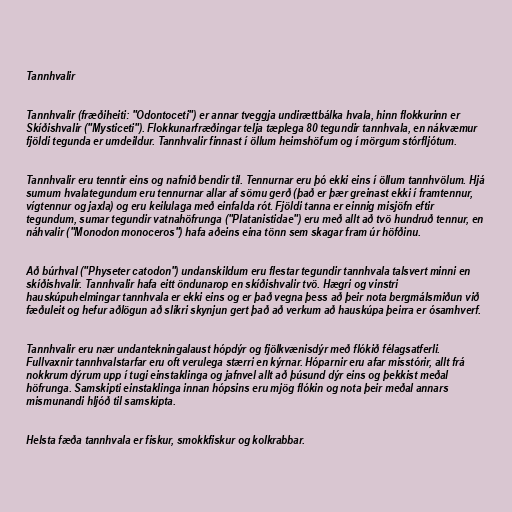
Tannhvalir

Tannhvalir (fræðiheiti: "Odontoceti") er annar tveggja undirættbálka hvala, hinn flokkurinn er
Skíðishvalir ("Mysticeti"). Flokkunarfræðingar telja tæplega 80 tegundir tannhvala, en nákvæmur
fjöldi tegunda er umdeildur. Tannhvalir finnast í öllum heimshöfum og í mörgum stórfljótum.

Tannhvalir eru tenntir eins og nafnið bendir til. Tennurnar eru þó ekki eins í öllum tannhvölum. Hjá
sumum hvalategundum eru tennurnar allar af sömu gerð (það er þær greinast ekki í framtennur,
vígtennur og jaxla) og eru keilulaga með einfalda rót. Fjöldi tanna er einnig misjöfn eftir
tegundum, sumar tegundir vatnahöfrunga ("Platanistidae") eru með allt að tvö hundruð tennur, en
náhvalir ("Monodon monoceros") hafa aðeins eina tönn sem skagar fram úr höfðinu.

Að búrhval ("Physeter catodon") undanskildum eru flestar tegundir tannhvala talsvert minni en
skíðishvalir. Tannhvalir hafa eitt öndunarop en skíðishvalir tvö. Hægri og vinstri
hauskúpuhelmingar tannhvala er ekki eins og er það vegna þess að þeir nota bergmálsmiðun við
fæðuleit og hefur aðlögun að slíkri skynjun gert það að verkum að hauskúpa þeirra er ósamhverf.

Tannhvalir eru nær undantekningalaust hópdýr og fjölkvænisdýr með flókið félagsatferli.
Fullvaxnir tannhvalstarfar eru oft verulega stærri en kýrnar. Hóparnir eru afar misstórir, allt frá
nokkrum dýrum upp í tugi einstaklinga og jafnvel allt að þúsund dýr eins og þekkist meðal
höfrunga. Samskipti einstaklinga innan hópsins eru mjög flókin og nota þeir meðal annars
mismunandi hljóð til samskipta.

Helsta fæða tannhvala er fiskur, smokkfiskur og kolkrabbar.